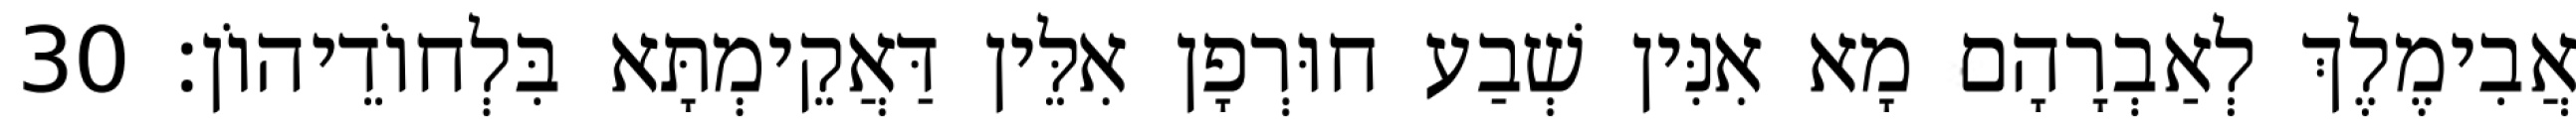
אֲבִימֶלֶךְ לְאַבְרָהָם מָא אִנִּין שְׁבַע חוּרְפָן אִלֵּין דַּאֲקֵימְתָּא בִּלְחוֹדֵיהוֹן׃ 30